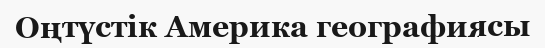
Оңтүстік Америка географиясы